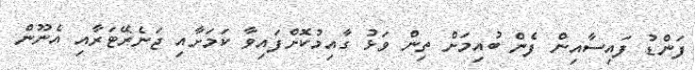
ފަންޑު ފައިސާއިން ފެން ބުއިމަށް ތިން ވަޅު ގާއިމުކޮށްފައިވާ ކަމަށާއި ޖަނެރޭޓަރާއި އެނޫން